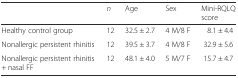
<table><thead><tr><td></td><td><b><i>n</i></b></td><td><b>Age</b></td><td><b>Sex</b></td><td><b>Mini-RQLQ score</b></td></tr></thead><tbody><tr><td>Healthy control group</td><td>12</td><td>32.5 ± 2.7</td><td>4 M/8 F</td><td>8.1 ± 4.4</td></tr><tr><td>Nonallergic persistent rhinitis</td><td>12</td><td>39.5 ± 3.7</td><td>4 M/8 F</td><td>32.9 ± 5.6</td></tr><tr><td>Nonallergic persistent rhinitis + nasal FF</td><td>12</td><td>48.1 ± 4.0</td><td>5 M/7 F</td><td>15.7 ± 4.7</td></tr></tbody></table>